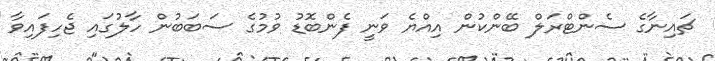
ޗައިނާގެ ސެންޓްރަލް ބޭންކުން އިއްޔެ ވަނީ ފެންބޮޑު ވުމުގެ ސަބަބުން ހާލުގައި ޖެހިފައިވާ